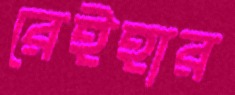
রেইহার